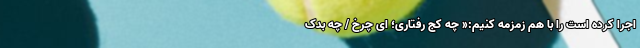
اجرا کرده است را با هم زمزمه کنیم:« چه کج رفتاری؛ ای چرخ / چه بدک